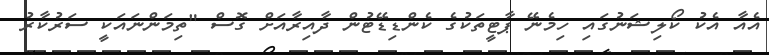
އެއާ އެކު ކޯލިޝަނުގައި ހިމެނޭ ޕާޓީތަކުގެ ކެންޑިޑޭޓުން ދާއިރާއަށް ގޮސް "ތިމަންނައަކީ ސަރުކާރު